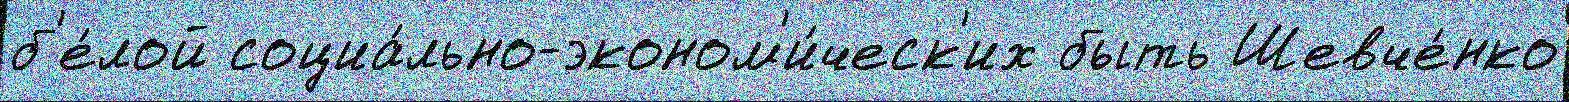
б'е́лой социа́льно-эконом'и́ческ'их быть Шевче́нко